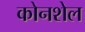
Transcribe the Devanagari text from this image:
कोनशेल